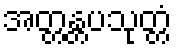
အတ္တန္တပသုတ္တံ